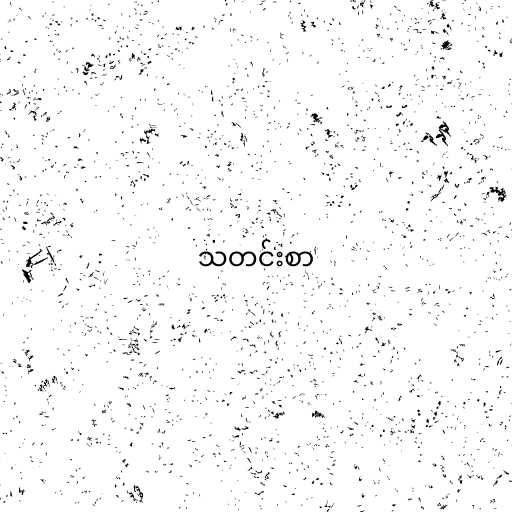
သတင်းစာ